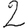
Digit: 2